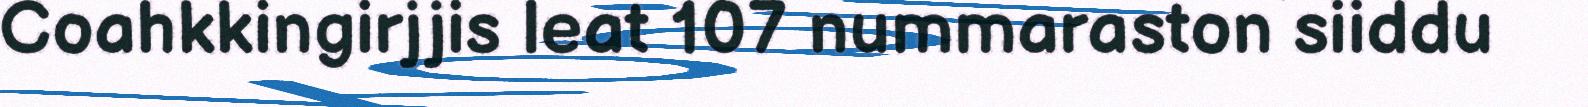
Coahkkingirjjis leat 107 nummaraston siiddu